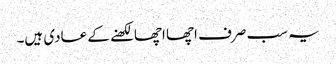
یہ سب صرف اچھا اچھا لکھنے کے عادی ہیں۔